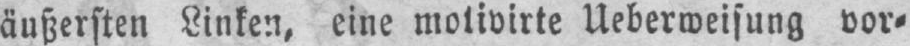
äußersten Linken, eine motivirte Ueberweisung vor⸗